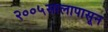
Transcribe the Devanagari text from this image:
२००५सालापासून